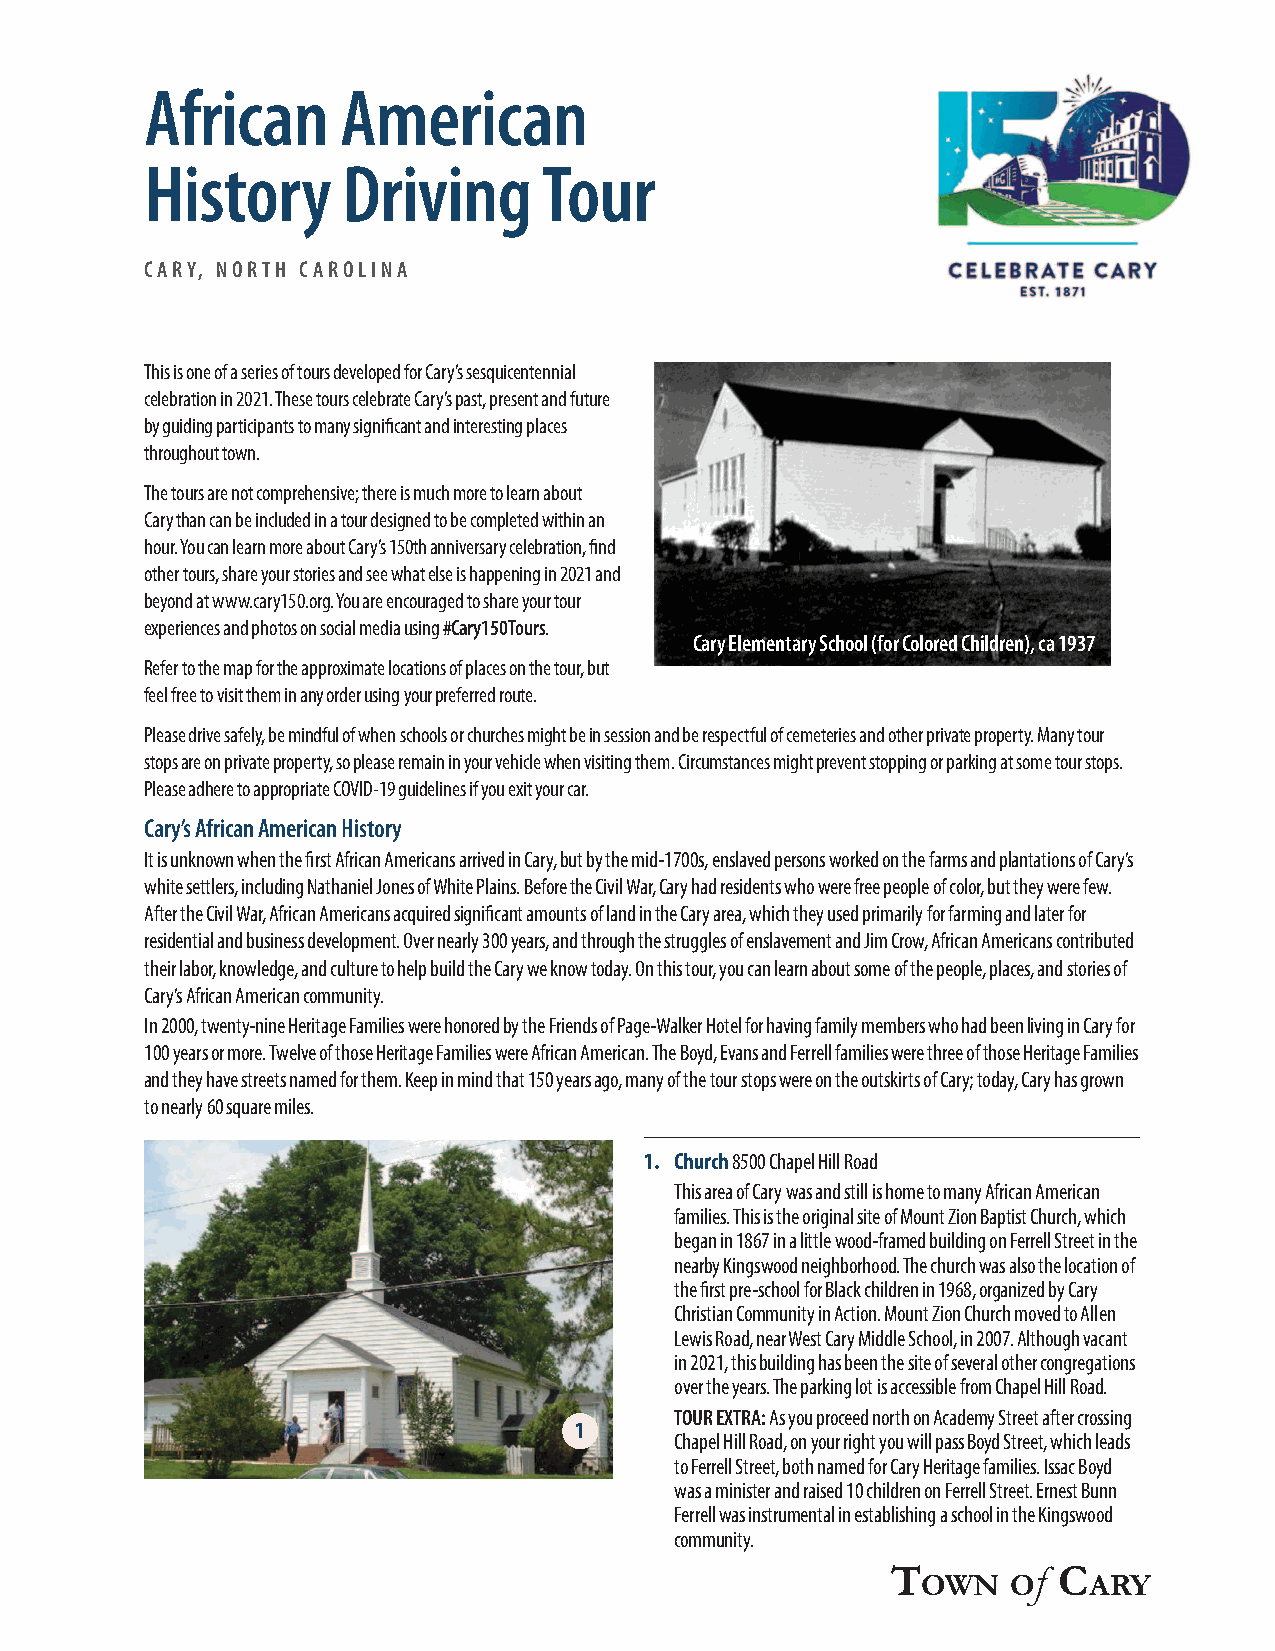
African      American
 History      Driving      Tour
 CARY, NORTH CAROLINA
 This is one of a series of tours developed for Cary’s sesquicentennial
 celebration in 2021. These tours celebrate Cary’s past, present and future
 by guiding participants to many significant and interesting places
 throughout town.
 The tours are not comprehensive; there is much more to learn about
 Cary than can be included in a tour designed to be completed within an
 hour. You can learn more about Cary’s 150th anniversary celebration, find
 other tours, share your stories and see what else is happening in 2021 and
 beyond at www.cary150.org. You are encouraged to share your tour
 experiences and photos on social media using #Cary150Tours.
 Cary Elementary School (for Colored Children), ca 1937
 Refer to the map for the approximate locations of places on the tour, but
 feel free to visit them in any order using your preferred route.
 Please drive safely, be mindful of when schools or churches might be in session and be respectful of cemeteries and other private property. Many tour
 stops are on private property, so please remain in your vehicle when visiting them. Circumstances might prevent stopping or parking at some tour stops.
 Please adhere to appropriate COVID-19 guidelines if you exit your car.
 Cary’s African American History
 It is unknown when the first African Americans arrived in Cary, but by the mid-1700s, enslaved persons worked on the farms and plantations of Cary’s
 white settlers, including Nathaniel Jones of White Plains. Before the Civil War, Cary had residents who were free people of color, but they were few.
 After the Civil War, African Americans acquired significant amounts of land in the Cary area, which they used primarily for farming and later for
 residential and business development. Over nearly 300 years, and through the struggles of enslavement and Jim Crow, African Americans contributed
 their labor, knowledge, and culture to help build the Cary we know today. On this tour, you can learn about some of the people, places, and stories of
 Cary’s African American community.
 In 2000, twenty-nine Heritage Families were honored by the Friends of Page-Walker Hotel for having family members who had been living in Cary for
 100 years or more. Twelve of those Heritage Families were African American. The Boyd, Evans and Ferrell families were three of those Heritage Families
 and they have streets named for them. Keep in mind that 150 years ago, many of the tour stops were on the outskirts of Cary; today, Cary has grown
 to nearly 60 square miles.
 1. Church 8500 Chapel Hill Road
 This area of Cary was and still is home to many African American
 families. This is the original site of Mount Zion Baptist Church, which
 began in 1867 in a little wood-framed building on Ferrell Street in the
 nearby Kingswood neighborhood. The church was also the location of
 the first pre-school for Black children in 1968, organized by Cary
 Christian Community in Action. Mount Zion Church moved to Allen
 Lewis Road, near West Cary Middle School, in 2007. Although vacant
 in 2021, this building has been the site of several other congregations
 over the years. The parking lot is accessible from Chapel Hill Road.
 TOUR EXTRA: As you proceed north on Academy Street after crossing
 1
 Chapel Hill Road, on your right you will pass Boyd Street, which leads
 to Ferrell Street, both named for Cary Heritage families. Issac Boyd
 was a minister and raised 10 children on Ferrell Street. Ernest Bunn
 Ferrell was instrumental in establishing a school in the Kingswood
 community.
 f
 T          C
 OWN   O    ARY